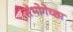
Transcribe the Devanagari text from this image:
संभोगेच्छा